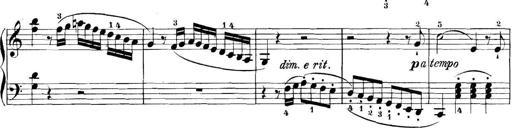
Title: 11 Sonatinas
Composer: Anton Diabelli